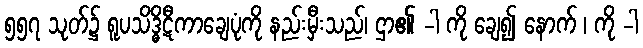
၅၅၇ သုတ်၌ ရူပသိဒ္ဓိဋီကာချေပုံကို နည်းမှီးသည်၊ ဌာ၏ -ါ ကို ချေ၍ နောက် ၊ ကို -ါ